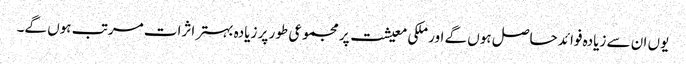
یوں ان سے زیادہ فوائد حاصل ہوں گے اور ملکی معیشت پر مجموعی طور پر زیادہ بہتر اثرات مرتب ہوں گے۔